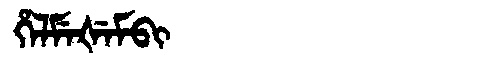
Manchu: ᡥᡝᠯᠮᡝᡧᡝᠮᠪᡳ
Romanization: HELMEŠEMBI